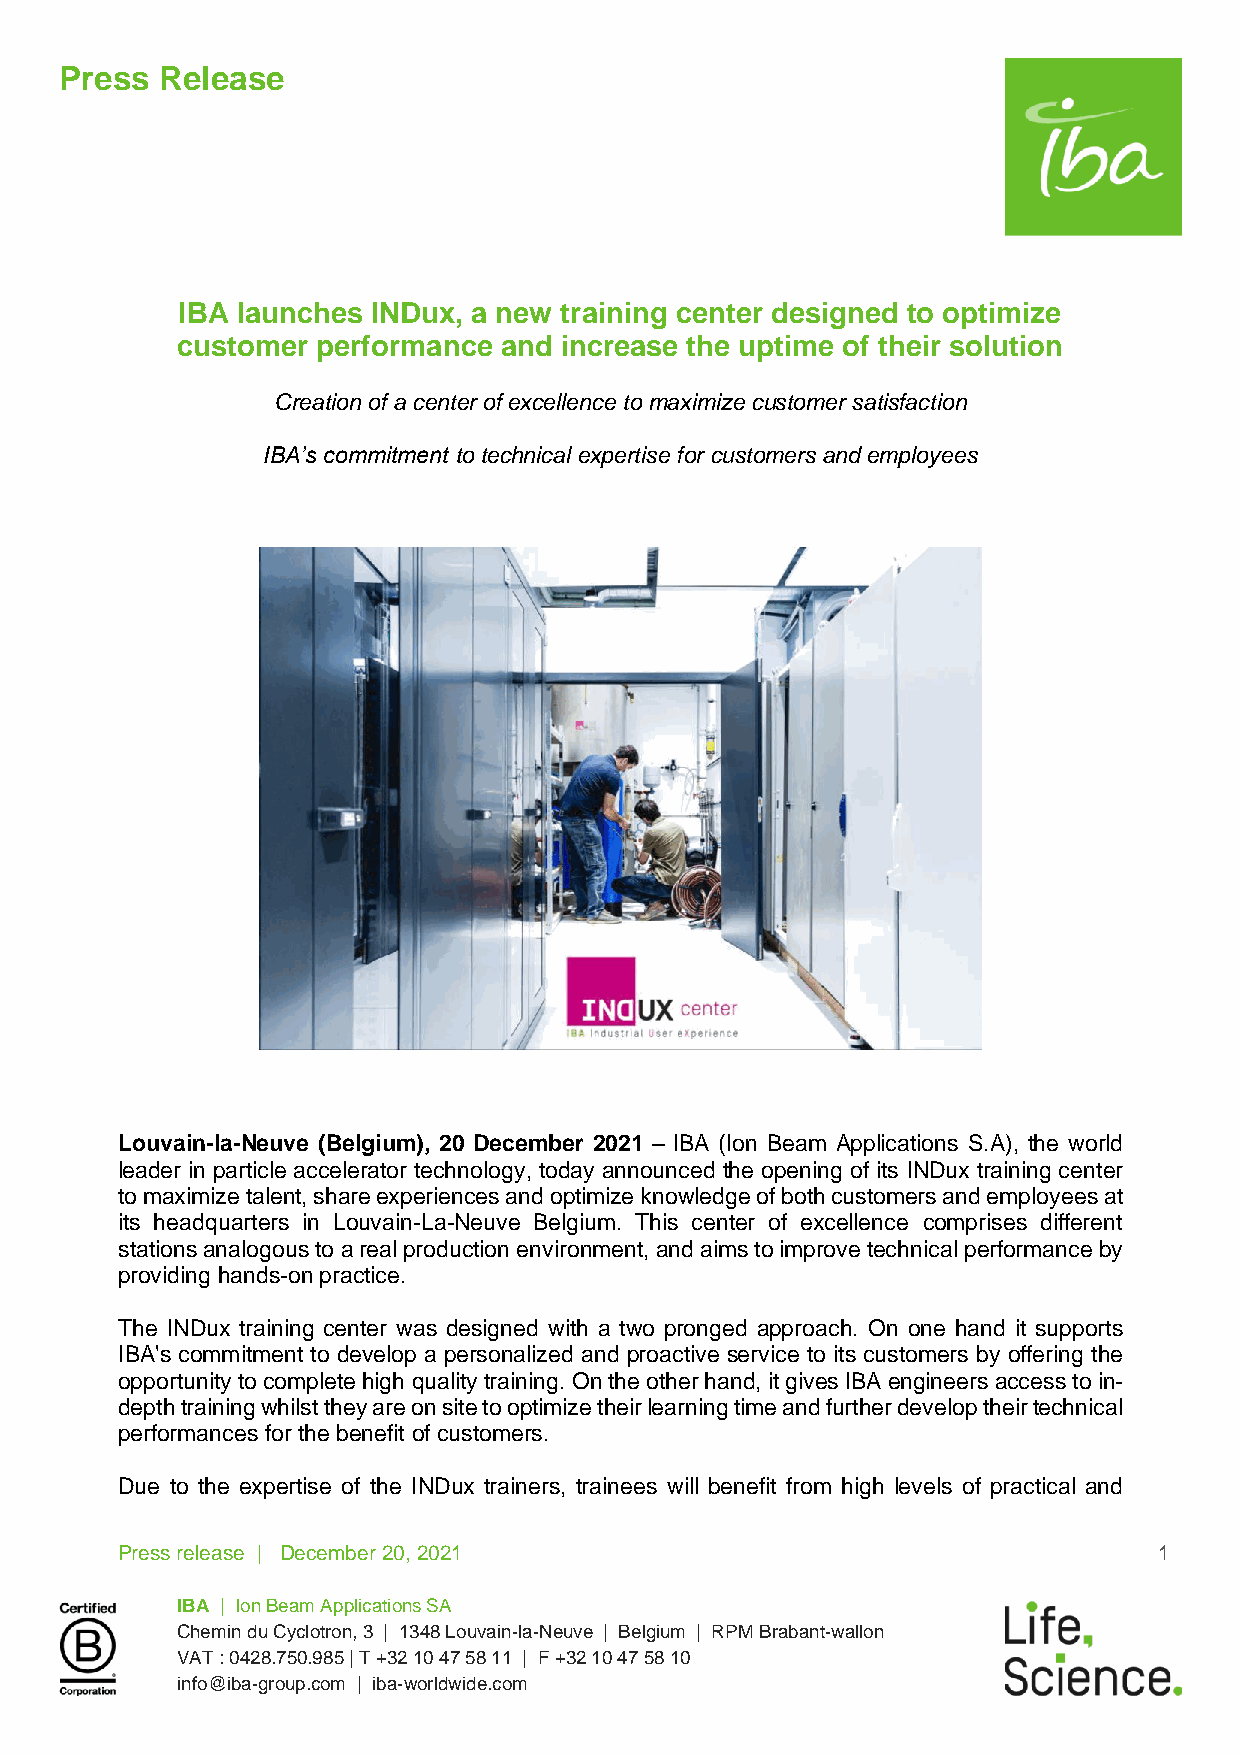
Press  Release
 IBA launches INDux, a new training center designed to optimize
 customer performance and increase the uptime of their solution
 Creation of a center of excellence to maximize customer satisfaction
 IBA’s commitment to technical expertise for customers and employees
 Louvain-la-Neuve (Belgium), 20 December 2021 – IBA (Ion Beam Applications S.A), the world
 leader in particle accelerator technology, today announced the opening of its INDux training center
 to maximize talent, share experiences and optimize knowledge of both customers and employees at
 its headquarters in Louvain-La-Neuve Belgium. This center of excellence comprises different
 stations analogous to a real production environment, and aims to improve technical performance by
 providing hands-on practice.
 The INDux training center was designed with a two pronged approach. On one hand it supports
 IBA's commitment to develop a personalized and proactive service to its customers by offering the
 opportunity to complete high quality training. On the other hand, it gives IBA engineers access to in-
 depth training whilst they are on site to optimize their learning time and further develop their technical
 performances for the benefit of customers.
 Due to the expertise of the INDux trainers, trainees will benefit from high levels of practical and
 Press release | December 20, 2021                                    1
 IBA | Ion Beam Applications SA
 Chemin du Cyclotron, 3 | 1348 Louvain-la-Neuve | Belgium | RPM Brabant-wallon
 VAT : 0428.750.985 | T +32 10 47 58 11 | F +32 10 47 58 10
 info@iba-group.com | iba-worldwide.com